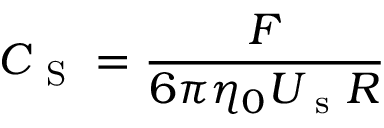
C _ { \mathrm { ~ S ~ } } = \frac { F } { 6 \pi \eta _ { 0 } U _ { \mathrm { ~ s ~ } } R }